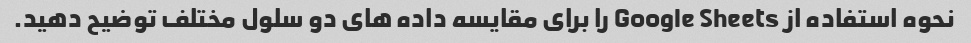
نحوه استفاده از Google Sheets را برای مقایسه داده های دو سلول مختلف توضیح دهید.